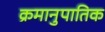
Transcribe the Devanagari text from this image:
क्रमानुपातिक